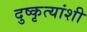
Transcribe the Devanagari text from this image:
दुष्कृत्यांशी